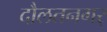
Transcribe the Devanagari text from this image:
दौलतनगर्